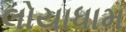
લોયાધામ